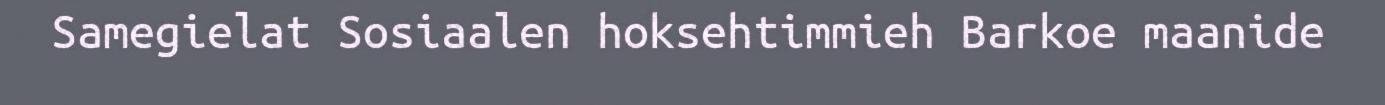
Samegielat Sosiaalen hoksehtimmieh Barkoe maanide